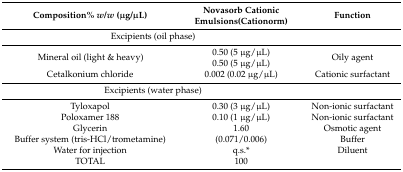
<table><thead><tr><td><b>Composition% <i>w</i>/<i>w</i> (μg/μL)</b></td><td><b>Novasorb Cationic Emulsions(Cationorm)</b></td><td><b>Function</b></td></tr></thead><tbody><tr><td colspan="2">Excipients (oil phase)</td><td></td></tr><tr><td rowspan="2">Mineral oil (light &amp; heavy)</td><td>0.50 (5 μg/μL)</td><td rowspan="2">Oily agent</td></tr><tr><td>0.50 (5 μg/μL)</td></tr><tr><td>Cetalkonium chloride</td><td>0.002 (0.02 μg/μL)</td><td>Cationic surfactant</td></tr><tr><td colspan="2">Excipients (water phase)</td><td></td></tr><tr><td>Tyloxapol</td><td>0.30 (3 μg/μL)</td><td>Non-ionic surfactant</td></tr><tr><td>Poloxamer 188</td><td>0.10 (1 μg/μL)</td><td>Non-ionic surfactant</td></tr><tr><td>Glycerin</td><td>1.60</td><td>Osmotic agent</td></tr><tr><td>Buffer system (tris-HCl/trometamine)</td><td>(0.071/0.006)</td><td>Buffer</td></tr><tr><td>Water for injection</td><td>q.s.*</td><td>Diluent</td></tr><tr><td>TOTAL</td><td>100</td><td></td></tr></tbody></table>